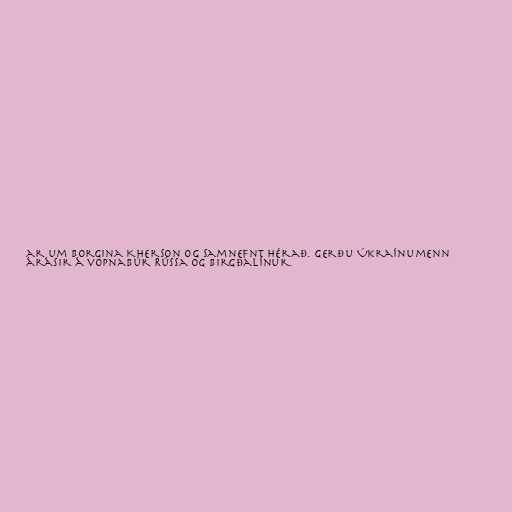
ar um borgina Kherson og samnefnt hérað. Gerðu Úkraínumenn
árásir á vopnabúr Rússa og birgðalínur.